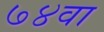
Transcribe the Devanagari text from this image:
७४वा